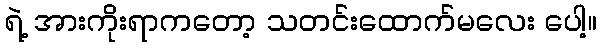
ရဲ့ အားကိုးရာကတော့ သတင်းထောက်မလေး ပေါ့။